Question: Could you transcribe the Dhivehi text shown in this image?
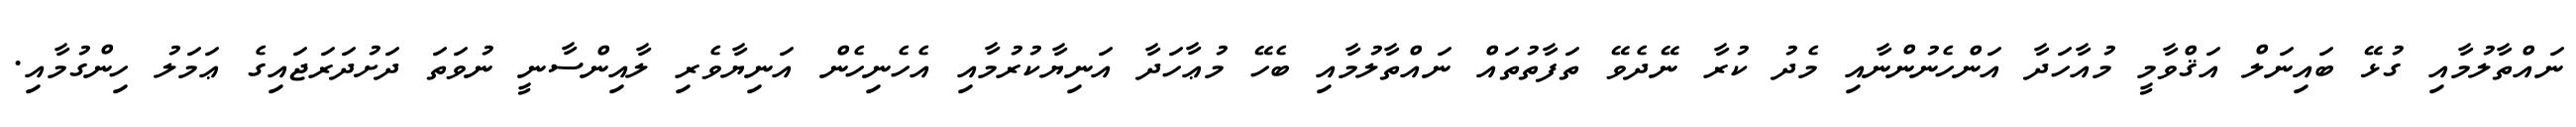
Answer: ނައްތާލުމާއި ގުޅޭ ބައިނަލް އަޤްވާމީ މުއާހަދާ އަންހެނުންނާއި މެދު ކުރާ ނޭދެވޭ ތަފާތުތައް ނައްތާލުމާއި ބެހޭ މުޢާހަދާ އަނިޔާކުރުމާއި އެހެނިހެން އަނިޔާވެރި ލާއިންސާނީ ނުވަތަ ދަށުދަރަޖައިގެ ޢަމަލު ހިންގުމާއި.